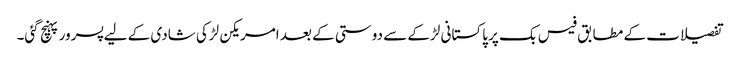
تفصیلات کے مطابق فیس بک پر پاکستانی لڑکے سے دوستی کے بعد امریکن لڑکی شادی کے لیے پسرور پہنچ گئی۔